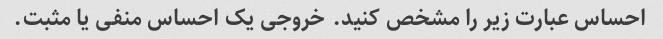
احساس عبارت زیر را مشخص کنید. خروجی یک احساس منفی یا مثبت.